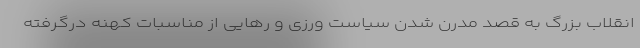
انقلاب بزرگ به قصد مدرن شدن سیاست ورزی و رهایی از مناسبات کهنه درگرفته